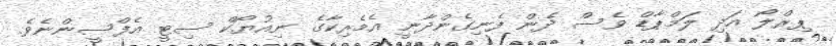
ޕިރްލޯ އަދި ލަމްޕާޑް ވެސް ދެން ފެނިގެންދާނީ އެމެރިކާގެ ނިއުޔޯކް ސިޓީ އެފްސީންނެވެ.